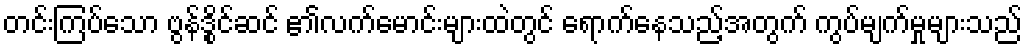
တင်းကြပ်သော ဗွန်ဒွိုင်ဆင် ၏လက်မောင်းများထဲတွင် ရောက်နေသည့်အတွက် ကွပ်မျက်မှုများသည်